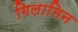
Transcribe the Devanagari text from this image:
गिलामिन